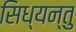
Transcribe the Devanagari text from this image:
सिध्यन्तु